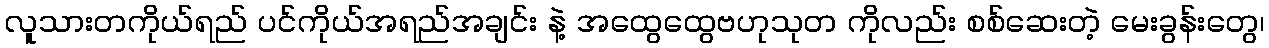
လူသားတကိုယ်ရည် ပင်ကိုယ်အရည်အချင်း နဲ့ အထွေထွေဗဟုသုတ ကိုလည်း စစ်ဆေးတဲ့ မေးခွန်းတွေ၊